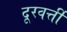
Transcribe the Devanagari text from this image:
दूरवर्त्ती